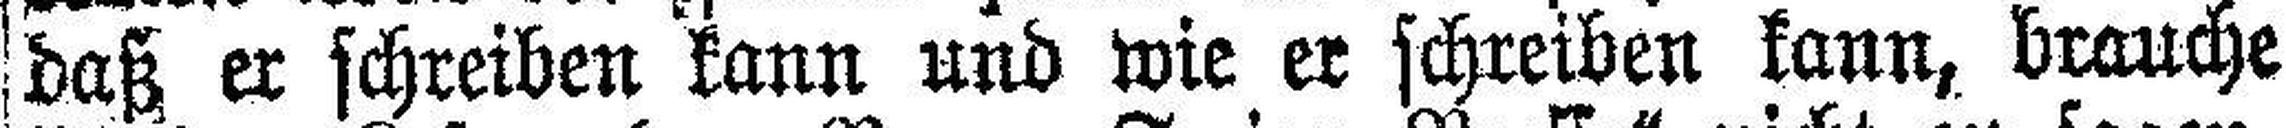
daß er schreiben kann und wie er schreiben kann, brauche